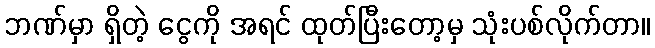
ဘဏ်မှာ ရှိတဲ့ ငွေကို အရင် ထုတ်ပြီးတော့မှ သုံးပစ်လိုက်တာ။